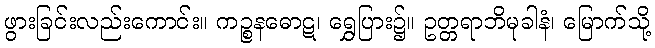
ဖွားခြင်းလည်းကောင်း။ ကဉ္စနဓောဋ၊ ရွှေပြား၌။ ဥတ္တရာဘိမုခါနံ၊ မြောက်သို့